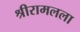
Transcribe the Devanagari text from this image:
श्रीरामलला